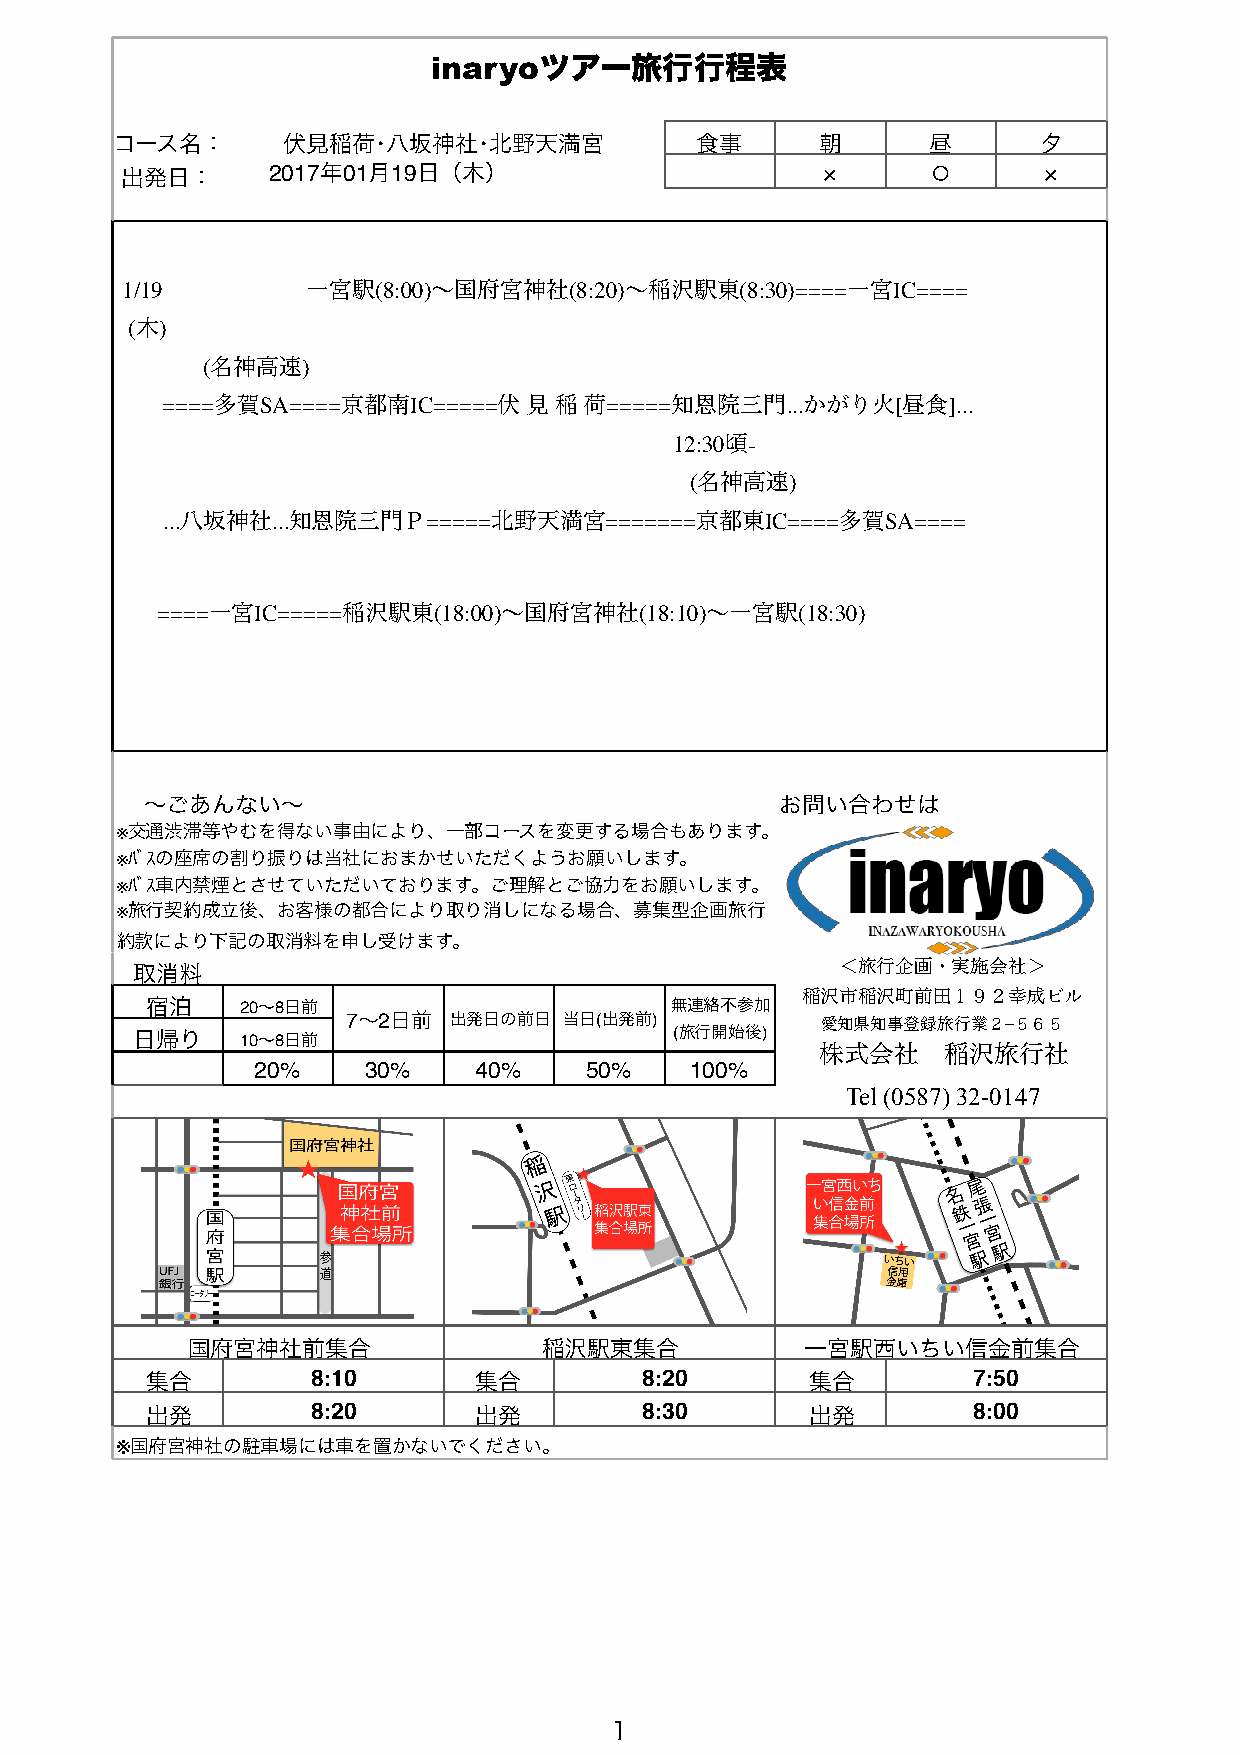
inaryoツアー旅行行程表
 コース名：       伏見稲荷･八坂神社･北野天満宮            食事      朝       昼      夕
 出発日：      2017年01月19日（木）                      ×       ⚪      ×
 1/19        一宮駅(8:00)〜国府宮神社(8:20)〜稲沢駅東(8:30)====一宮IC====
 (木)
 (名神高速)
 ====多賀SA====京都南IC=====伏 見 稲 荷=====知恩院三門...かがり火[昼食]...
 12:30頃-
 (名神高速)
 ...八坂神社...知恩院三門Ｐ=====北野天満宮=======京都東IC====多賀SA====
 ====一宮IC=====稲沢駅東(18:00)〜国府宮神社(18:10)〜一宮駅(18:30)
 〜ごあんない〜                                   お問い合わせは
 ※交通渋滞等やむを得ない事由により、一部コースを変更する場合もあります。
 ※ﾊﾞｽの座席の割り振りは当社におまかせいただくようお願いします。
 ※ﾊﾞｽ車内禁煙とさせていただいております。ご理解とご協力をお願いします。
 ※旅行契約成立後、お客様の都合により取り消しになる場合、募集型企画旅行
 約款により下記の取消料を申し受けます。
 取消料                                            ＜旅行企画・実施会社＞
 稲沢市稲沢町前田１９２幸成ビル
 宿泊    20〜8日前                      無連絡不参加
 7〜2日前  出発日の前日 当日(出発前)          愛知県知事登録旅行業２−５６５
 日帰り    10〜8日前                       (旅行開始後)
 株式会社    稲沢旅行社
 20%    30%    40%     50%    100%
 Tel (0587) 32-0147
 国府宮神社前集合                稲沢駅東集合           一宮駅西いちい信金前集合
 集合         8:10      集合         8:20        集合        7:50
 出発         8:20      出発         8:30        出発        8:00
 ※国府宮神社の駐車場には車を置かないでください。
 1